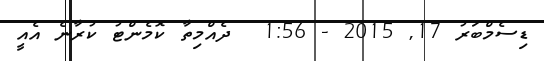
ޑިސެމްބަރު 17